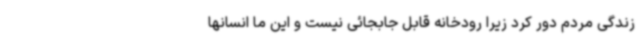
زندگی مردم دور کرد زیرا رودخانه قابل جابجائی نیست و این ما انسانها